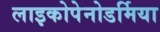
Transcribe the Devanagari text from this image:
लाइकोपेनोडर्मिया